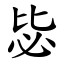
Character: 毖